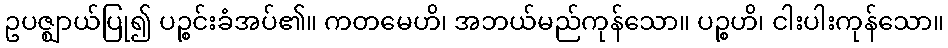
ဥပဇ္ဈာယ်ပြု၍ ပဉ္စင်းခံအပ်၏။ ကတမေဟိ၊ အဘယ်မည်ကုန်သော။ ပဉ္စဟိ၊ ငါးပါးကုန်သော။